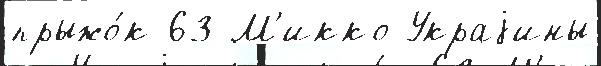
прыжо́к 63 М'икко Украjины